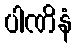
ပါဏိနံ